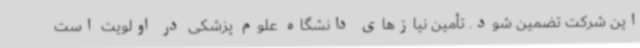
این شرکت تضمین شود. تأمین نیازهای دانشگاه علوم پزشکی در اولویت است